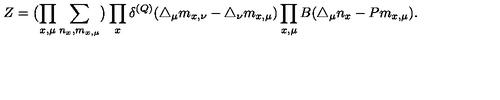
Z = \bigl ( \prod _ { x , \mu } \sum _ { n _ { x } , m _ { x , \mu } } \bigr ) \prod _ { x } \delta ^ { ( Q ) } ( \triangle _ { \mu } m _ { x , \nu } - \triangle _ { \nu } m _ { x , \mu } ) \prod _ { x , \mu } B ( \triangle _ { \mu } n _ { x } - P m _ { x , \mu } ) .